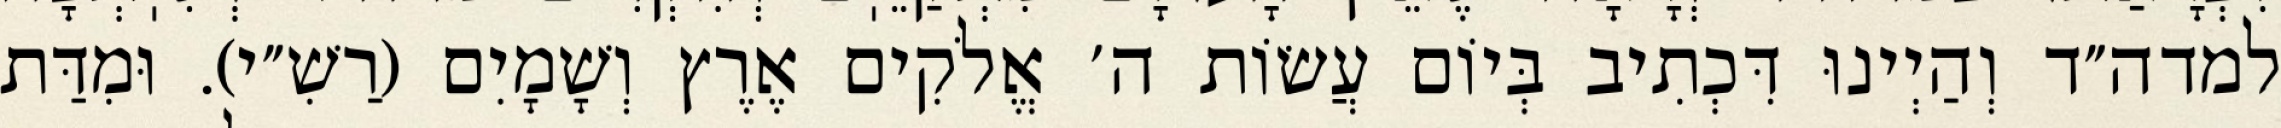
למדה״ד וְהַיְינוּ דִּכְתִיב בְּיוֹם עֲשׂוֹת ה׳ אֱלֹקִים אֶרֶץ וְשָׁמָיִם (רַשִׁ״י). וּמִדַּת